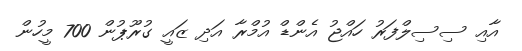
އާއި ސިސިލްފަރު ހައްޖު އެންޑް އުމްރާ އަދި ޒައީ ގުރޫޕުން 700 މީހުން